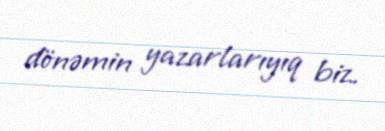
dönəmin yazarlarıyıq biz.